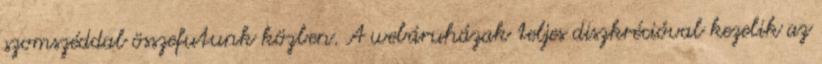
szomszéddal összefutunk közben. A webáruházak teljes diszkrécióval kezelik az